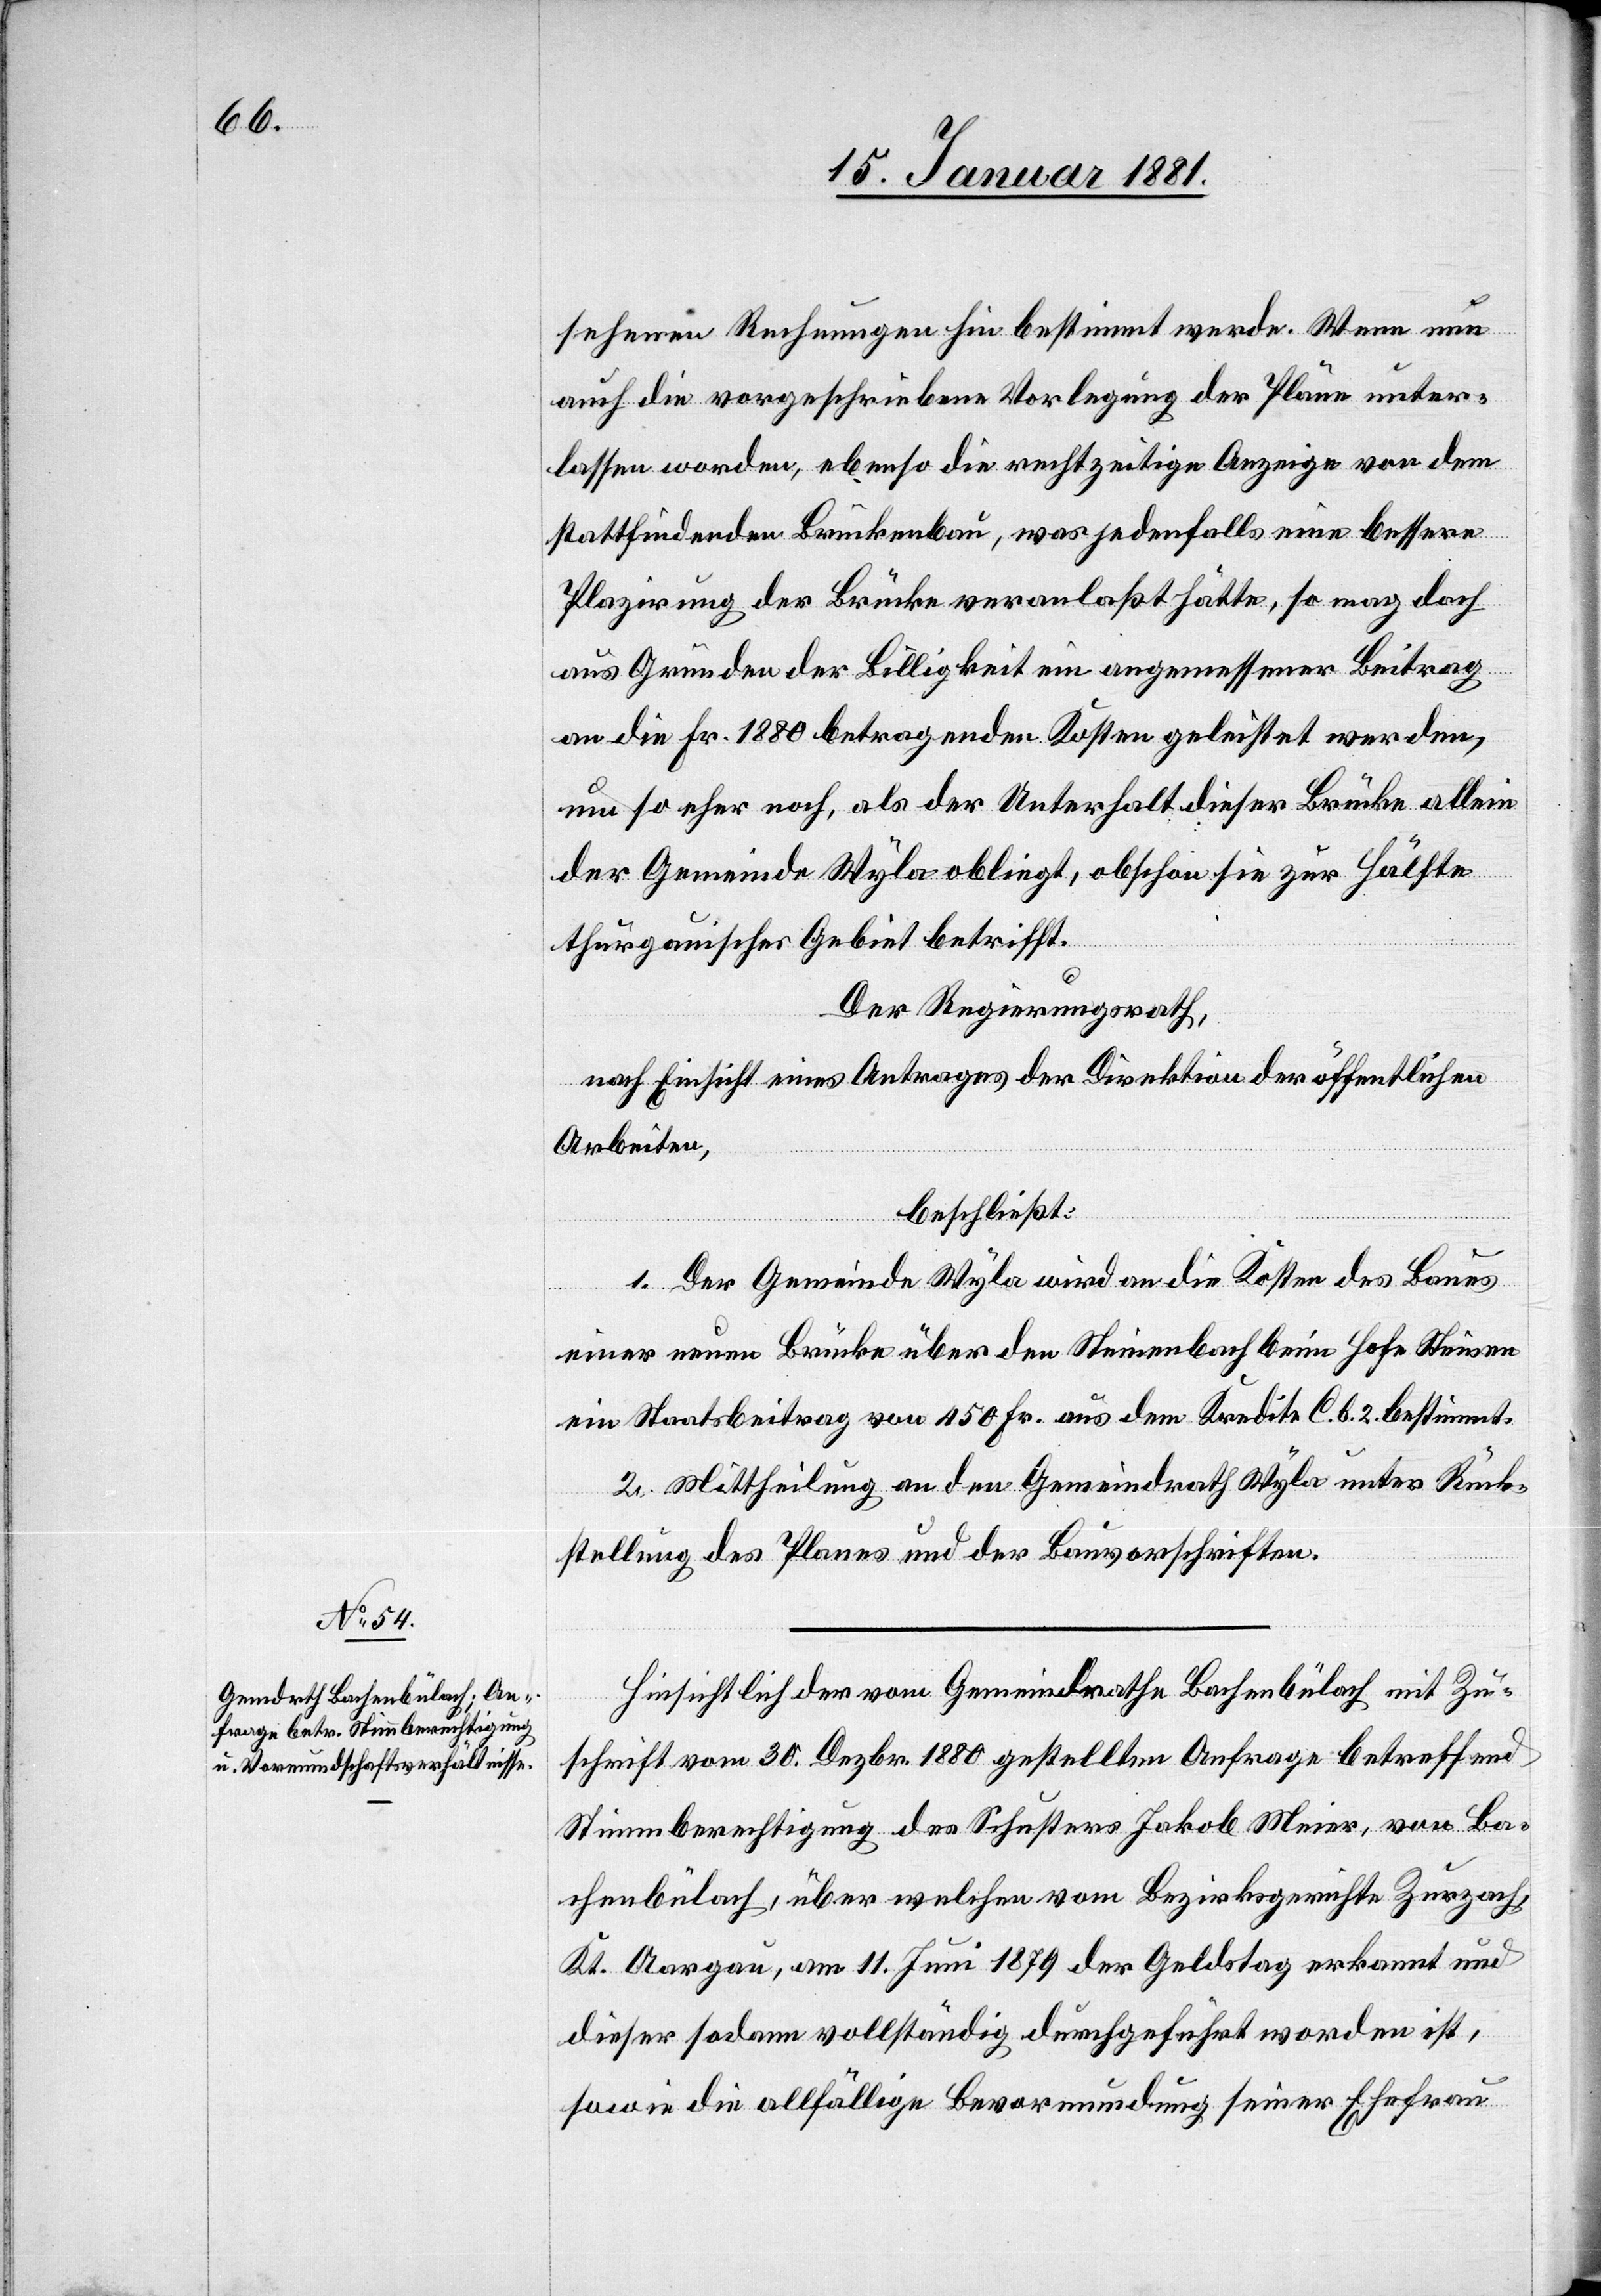
sehenen Rechnungen hin bestimmt werde. Wenn nun
auch die vorgeschriebene Vorlegung der Pläne unter¬
lassen worden, ebenso die rechtzeitige Anzeige von dem
stattfindenden Brückenbau, was jedenfalls eine bessere
Plazirung der Brücke veranlaßt hätte, so mag doch
aus Gründen der Billigkeit ein angemessener Beitrag
an die Fr. 1880 betragenden Kosten geleistet werden,
um so eher noch, als der Unterhalt dieser Brücke allein
der Gemeinde Wyla obliegt, obschon sie zur Hälfte
thurgauisches Gebiet betrifft.
Der Regierungsrath,
nach Einsicht eines Antrages der Direktion der öffentlichen
Arbeiten,
beschließt:
1. Der Gemeinde Wyla wird an die Kosten des Baues
einer neuen Brücke über den Steinenbach beim Hofe Steinen
ein Staatsbeitrag von 450 Fr. aus dem Kredite C. b. 2 bestimmt.
2. Mittheilung an den Gemeindrath Wyla unter Rück¬
stellung des Planes und der Bauvorschriften.
Hinsichtlich der vom Gemeindrathe Bachenbülach mit Zu¬
schrift vom 30. Dezbr. 1880 gestellten Anfrage betreffend
Stimmberechtigung des Schusters Jakob Meier, von Ba¬
chenbülach, über welchen vom Bezirksgerichte Zurzach,
Kt. Aargau, am 11. Juni 1879 der Geldstag erkannt und
dieser sodann vollständig durchgeführt worden ist,
sowie die allfällige Bevormundung seiner Ehefrau